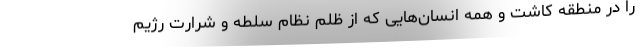
را در منطقه کاشت و همه انسان‌هایی که از ظلم نظام سلطه و شرارت رژیم